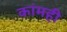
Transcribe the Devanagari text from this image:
कांमही